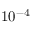
1 0 ^ { - 4 }